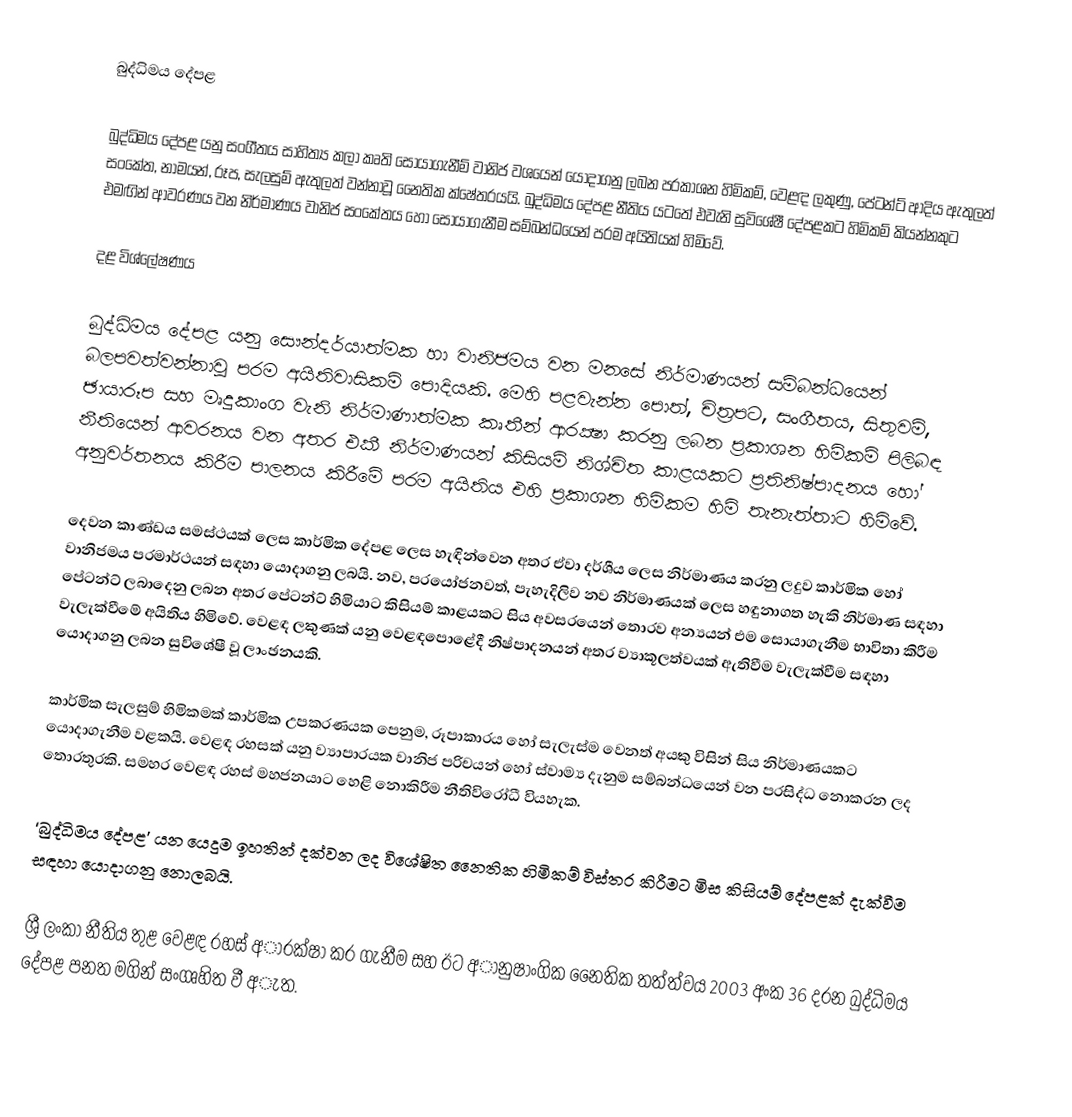
බුද්ධිමය දේපළ

බුද්ධිමය දේපළ යනු සංගීතය සාහිත්‍ය කලා කෘති සොයාගැනීම් වානිජ වශයෙන් යොදාගනු ලබන ප‍්‍රකාශන හිමිකම්, වෙළඳ ලකුණු, පේටන්ට් ආදිය ඇතුලත් සංකේත, නාමයන්, රූප, සැලසුම් ඇතුලත් වන්නාවූ නෛතික ක්ෂේත‍්‍රයයි. බුද්ධිමය දේපළ නීතිය යටතේ එවැනි සුවිශේෂී දේපළකට හිමිකම් කියන්නකුට එමඟින් ආවරණය වන නිර්මාණය වානිජ සංකේතය හෝ සොයාගැනීම සම්බන්ධයෙන් පරම අයිතියක් හිමිවේ.

දළ විශ්ලේෂණය

බුද්ධිමය දේපළ යනු සෞන්දර්යාත්මක හා වානිජමය වන මනසේ නිර්මාණයන් සම්බන්ධයෙන් බලපවත්වන්නාවූ පරම අයිතිවාසිකම් පොදියකි. මෙහි පළවැන්න පොත්, චිත‍්‍රපට, සංගීතය, සිතුවම්, ඡායාරූප සහ මෘදුකාංග වැනි නිර්මාණාත්මක කෘතීන් ආරක්‍ෂා කරනු ලබන ප‍්‍රකාශන හිමිකම් පිලිබඳ නීතියෙන් ආවරනය වන අතර එකී නිර්මාණයන් කිසියම් නිශ්චිත කාළයකට ප‍්‍රතිනිෂ්පාදනය හෝ අනුවර්තනය කිරීම පාලනය කිරීමේ පරම අයිතිය එහි ප‍්‍රකාශන හිමිකම හිමි තැනැත්තාට හිමිවේ.

දෙවන කාණ්ඩය සමස්ථයක් ලෙස කාර්මික දේපළ ලෙස හැඳින්වෙන අතර ඒවා දර්ශීය ලෙස නිර්මාණය කරනු ලදුව කාර්මික හෝ වානිජමය පරමාර්ථයන් සඳහා යොදාගනු ලබයි. නව, ප‍්‍රයෝජනවත්, පැහැදිලිව නව නිර්මාණයක් ලෙස හඳුනාගත හැකි නිර්මාණ සඳහා පේටන්ට් ලබාදෙනු ලබන අතර පේටන්ට් හිමියාට කිසියම් කාළයකට සිය අවසරයෙන් තොරව අන්‍යයන් එම සොයාගැනීම භාවිතා කිරීම වැලැක්වීමේ අයිතිය හිමිවේ. වෙළඳ ලකුණක් යනු වෙළඳපොළේදී නිෂ්පාදනයන් අතර ව්‍යාකූලත්වයක් ඇතිවීම වැලැක්වීම සඳහා යොදාගනු ලබන සුවිශේෂී වූ ලාංඡනයකි.

කාර්මික සැලසුම් හිමිකමක් කාර්මික උපකරණයක පෙනුම, රූපාකාරය හෝ සැලැස්ම වෙනත් අයකු විසින් සිය නිර්මාණයකට යොදාගැනීම වළකයි. වෙළඳ රහසක් යනු ව්‍යාපාරයක වානිජ පරිචයන් හෝ ස්වාම්‍ය දැනුම සම්බන්ධයෙන් වන ප‍්‍රසිද්ධ නොකරන ලද තොරතුරකි. සමහර වෙළඳ රහස් මහජනයාට හෙළි නොකිරීම නීතිවිරෝධී වියහැක.

‘බුද්ධිමය දේපළ’ යන යෙදුම ඉහතින් දක්වන ලද විශේෂිත නෛතික හිමිකම් විස්තර කිරීමට මිස කිසියම් දේපළක් දැක්වීම සඳහා යොදාගනු නොලබයි.

ශ්‍රී ලංකා නීතිය තුළ වෙළඳ රහස් අාරක්ෂා කර ගැනීම සහ ඊට අානුෂාංගික නෛතික තත්ත්වය 2003 අංක 36 දරන බුද්ධිමය දේපළ පනත මගින් සංගෘහිත වී අැත.